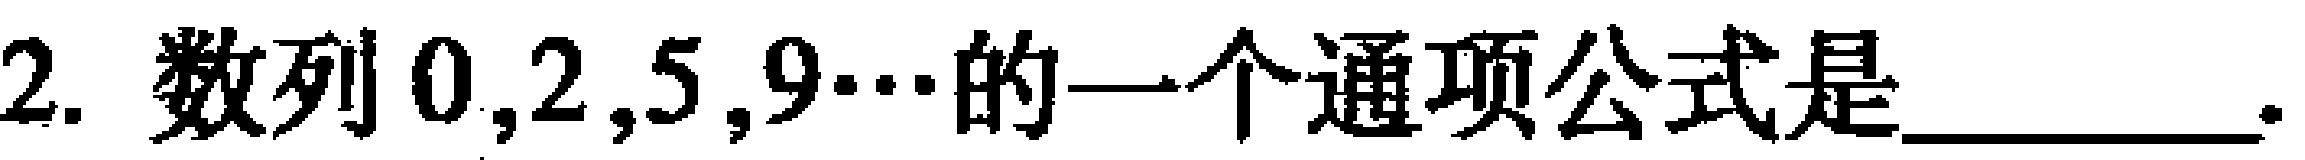
2. 数列\(0,2,5,9\cdots\)的一个通项公式是  。